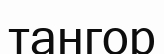
тангор